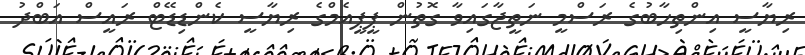
ރިޔާސީ އިންތިހާބުގެ ރަސްމީ ނަތީޖާގައިވާ ގޮތުން ޕީޕީއެމްގެ ރިޔާސީ ކެންޑިޑޭޓް ރައީސް އަބްދު